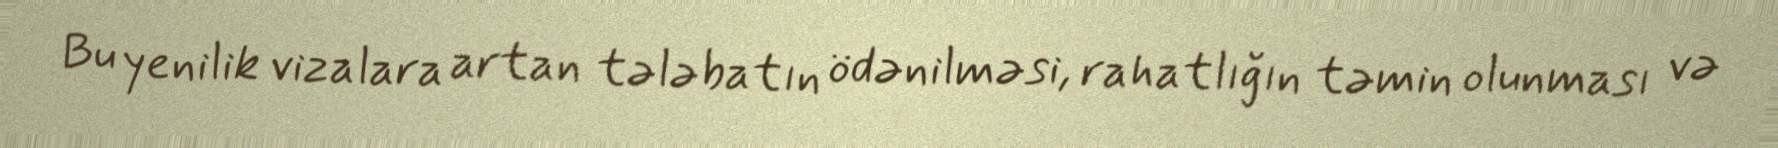
Bu yenilik vizalara artan tələbatın ödənilməsi, rahatlığın təmin olunması və